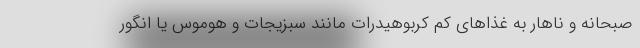
صبحانه و ناهار به غذا‌های کم کربوهیدرات مانند سبزیجات و هوموس یا انگور